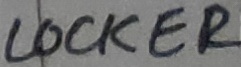
Text: LOCKER